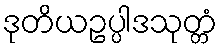
ဒုတိယဥပ္ပါဒသုတ္တံ